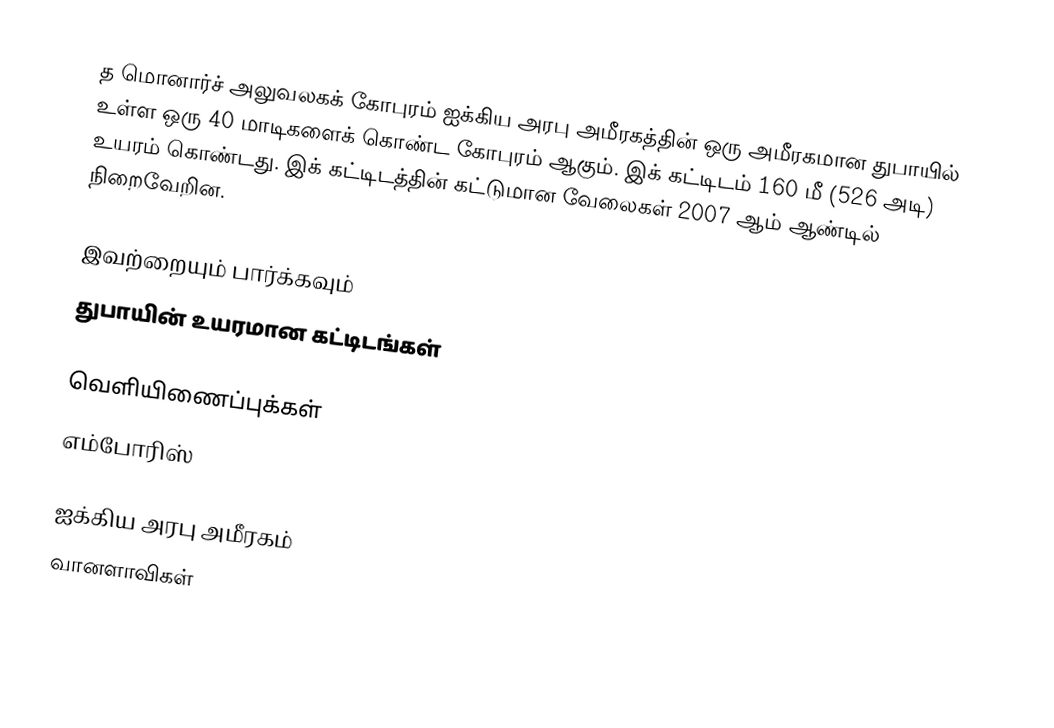
த மொனார்ச் அலுவலகக் கோபுரம் ஐக்கிய அரபு அமீரகத்தின் ஒரு அமீரகமான துபாயில் உள்ள ஒரு 40 மாடிகளைக் கொண்ட கோபுரம் ஆகும். இக் கட்டிடம் 160 மீ (526 அடி) உயரம் கொண்டது. இக் கட்டிடத்தின் கட்டுமான வேலைகள் 2007 ஆம் ஆண்டில் நிறைவேறின.

இவற்றையும் பார்க்கவும்
 துபாயின் உயரமான கட்டிடங்கள்

வெளியிணைப்புக்கள்
எம்போரிஸ்

ஐக்கிய அரபு அமீரகம்
வானளாவிகள்